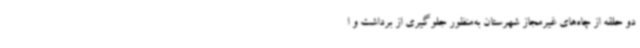
دو حلقه از چاه‌های غیرمجاز شهرستان به‌منظور جلوگیری از برداشت و ا